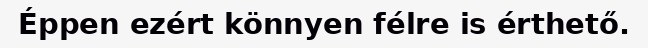
Éppen ezért könnyen félre is érthető.